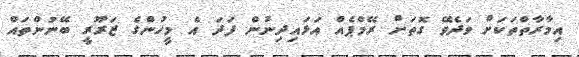
އިމާރާތްތަކަށް ވަދެވޭ ގޮތަށް ރޭމްޕެއް އަޅައިދިނުން ފަދަ އެ މީހުންގެ ޒަރޫރީ ބޭނުންތައް